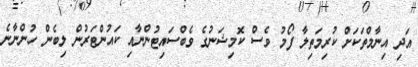
އަދި އިނާމްތަކަށް ކުރިމަތިލާ ފޯމު ވެސް ކޮމިޝަނުގެ ވެބްސައިޓުންނާއި ކައުންޓަރުން ލިބެން ހުންނާނެ